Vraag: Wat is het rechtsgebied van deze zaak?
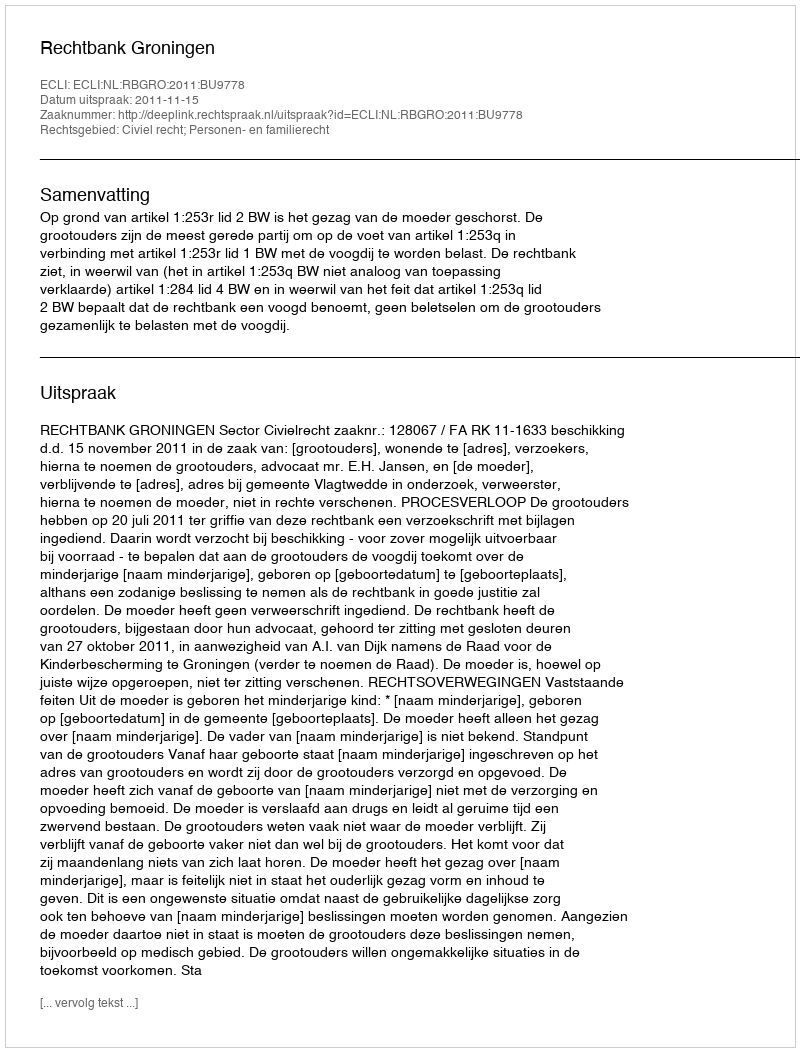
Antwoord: Civiel recht; Personen- en familierecht